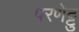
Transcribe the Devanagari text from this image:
परणेट्टु